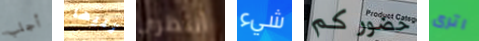
أجلب تليها أنتظري شيء حضوركم اترى